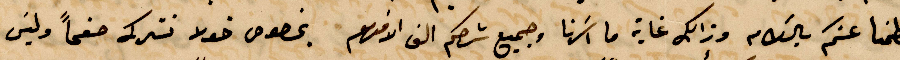
تطمنا عنكم بالسلام وذلك غاية ما اسرنا وجميع شرحك الف الافهم بخصوص خولا نشركه صفحًا وليس